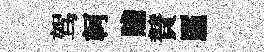
驾軻贍賛厪